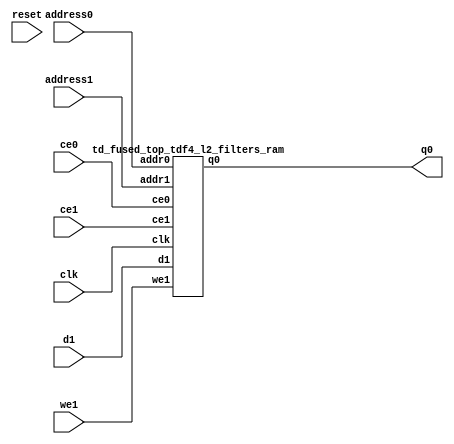
`define EXPONENT 5
`define MANTISSA 10
`define ACTUAL_MANTISSA 11
`define EXPONENT_LSB 10
`define EXPONENT_MSB 14
`define MANTISSA_LSB 0
`define MANTISSA_MSB 9
`define MANTISSA_MUL_SPLIT_LSB 3
`define MANTISSA_MUL_SPLIT_MSB 9
`define SIGN 1
`define SIGN_LOC 15
`define DWIDTH (`SIGN+`EXPONENT+`MANTISSA)
`define IEEE_COMPLIANCE 1

module td_fused_top_tdf4_l2_filters(
    reset,
    clk,
    address0,
    ce0,
    q0,
    address1,
    ce1,
    we1,
    d1);

parameter DataWidth = 32'd16;
parameter AddressRange = 32'd2048;
parameter AddressWidth = 32'd11;
input reset;
input clk;
input[AddressWidth - 1:0] address0;
input ce0;
output[DataWidth - 1:0] q0;
input[AddressWidth - 1:0] address1;
input ce1;
input we1;
input[DataWidth - 1:0] d1;



td_fused_top_tdf4_l2_filters_ram td_fused_top_tdf4_l2_filters_ram_U(
    .clk( clk ),
    .addr0( address0 ),
    .ce0( ce0 ),
    .q0( q0 ),
    .addr1( address1 ),
    .ce1( ce1 ),
    .we1( we1 ),
    .d1( d1 )
);

endmodule
module td_fused_top_tdf4_l2_filters_ram (addr0, ce0, q0, addr1, ce1, d1, we1,  clk);

parameter DWIDTH = 16;
parameter AWIDTH = 11;
parameter MEM_SIZE = 2048;

input[AWIDTH-1:0] addr0;
input ce0;
output wire[DWIDTH-1:0] q0;
input[AWIDTH-1:0] addr1;
input ce1;
input[DWIDTH-1:0] d1;
input we1;
input clk;

 reg [DWIDTH-1:0] ram[MEM_SIZE-1:0];
wire [AWIDTH-1:0] addr0_t0; 
reg [AWIDTH-1:0] addr0_t1; 
reg [DWIDTH-1:0] q0_t0;
reg [DWIDTH-1:0] q0_t1;
wire [AWIDTH-1:0] addr1_t0; 
reg [AWIDTH-1:0] addr1_t1; 
wire [DWIDTH-1:0] d1_t0; 
wire we1_t0; 
reg [DWIDTH-1:0] d1_t1; 
reg we1_t1; 


assign addr0_t0 = addr0;
assign q0 = q0_t1;
assign addr1_t0 = addr1;
assign d1_t0 = d1;
assign we1_t0 = we1;

always @(posedge clk)  
begin
    if (ce0) 
    begin
        addr0_t1 <= addr0_t0; 
        q0_t1 <= q0_t0;
    end
    if (ce1) 
    begin
        addr1_t1 <= addr1_t0; 
        d1_t1 <= d1_t0;
        we1_t1 <= we1_t0;
    end
end


always @(posedge clk)  
begin 
    if (ce0) begin
        q0_t0 <= ram[addr0_t1];
    end
end


always @(posedge clk)  
begin 
    if (ce1) begin
        if (we1_t1) 
            ram[addr1_t1] <= d1_t1; 
    end
end


endmodule